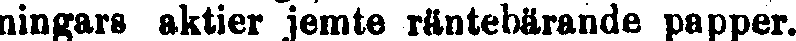
ningars aktier jemte räntebärande papper.